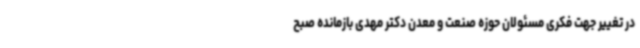
در تغییر جهت فکری مسئولان حوزه صنعت و معدن دکتر مهدی بازمانده صبح